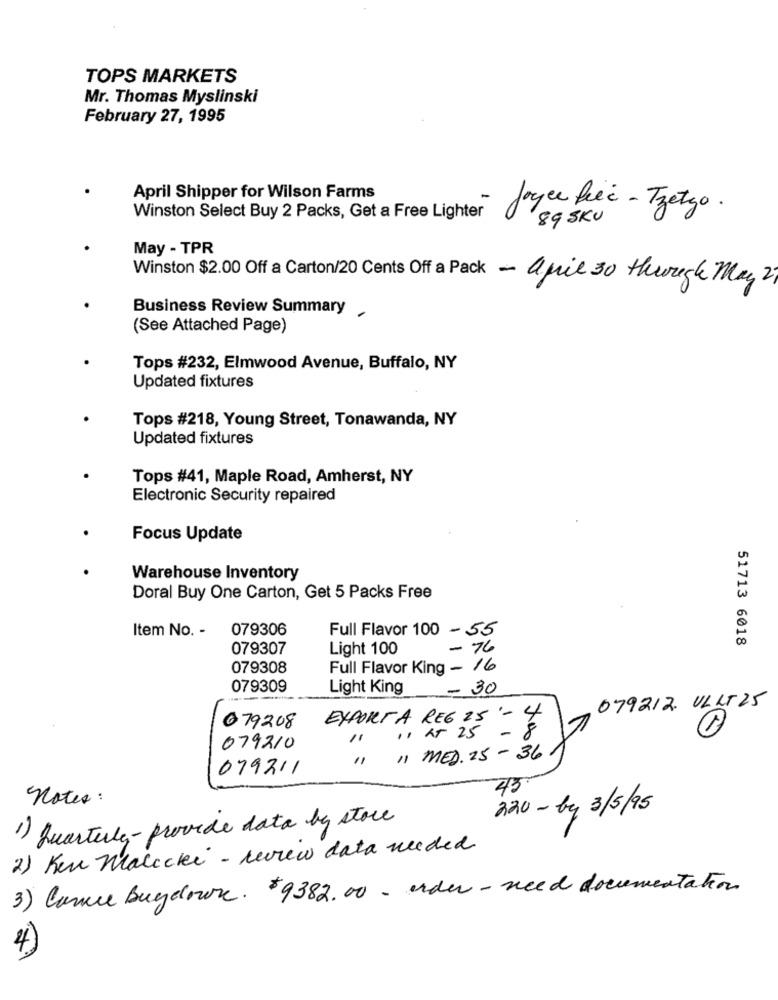
TOPS MARKETS
Mr. Thomas Myslinski
February 27, 1995
April Shipper for Wilson Farms
Joyce free - Tzetgo.
Winston Select Buy 2 Packs, Get a Free Lighter
895KU
May - TPR
Winston $2.00 Off a Carton/20 Cents Off a Pack - april 30 though May 27
Business Review Summary
(See Attached Page)
Tops #232, Elmwood Avenue, Buffalo, NY
Updated fixtures
Tops #218, Young Street, Tonawanda, NY
Updated fixtures
Tops #41, Maple Road, Amherst, NY
Electronic Security repaired
Focus Update
Warehouse Inventory
Doral Buy One Carton, Get 5 Packs Free
Item No. -
079306
Full Flavor 100 - 55
51713 6018
079307
Light 100
-76
079308
Full Flavor King - 16
079309
Light King
- 30
079212 ULLT25
079208
EXPORTA REG 25 - 1}
11 h5 25
079210
"1 " MED. 25 - 36
079211
43
Notes :
220 - by 3/5/95
1) Quarterly-provide data by store
2) Ken Malecki - review data needed
3) Canice Bugdown. $9382.00 . order - need documentation